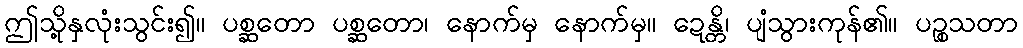
ဤသို့နှလုံးသွင်း၍။ ပစ္ဆတော ပစ္ဆတော၊ နောက်မှ နောက်မှ။ ဍေန္တိ၊ ပျံသွားကုန်၏။ ပဉ္စသတာ